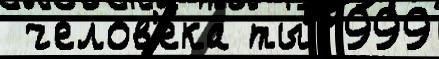
 челов'е́ка ты 1999